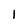
Character: 1